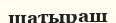
шатыраш